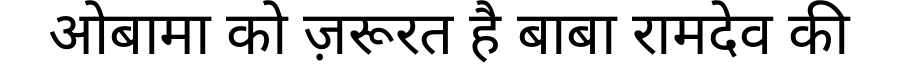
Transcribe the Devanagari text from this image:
ओबामा को ज़रूरत है बाबा रामदेव की